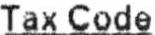
TAX CODE